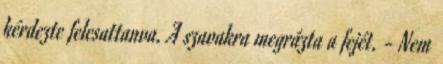
kérdezte felcsattanva. A szavakra megrázta a fejét. - Nem